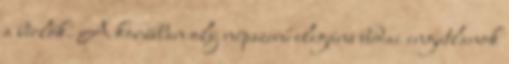
a bérlők. A korábban oly népszerű elegáns budai ingatlanok